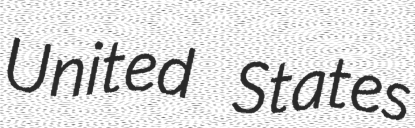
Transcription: United States